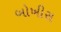
બોખીરા